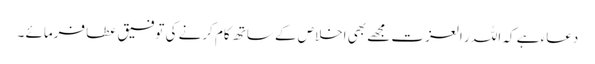
دعاء ہے کہ اللہ ر العزت مجھے بھی اخلاص کے ساتھ کام کرنے کی توفیق عطا فرمائے ۔